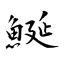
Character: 鯅